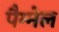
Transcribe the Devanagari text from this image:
पैम्मेल